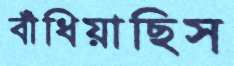
বাঁধিয়াছিস